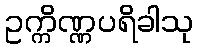
ဥက္ကိဏ္ဏပရိခါသု